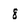
Character: 8